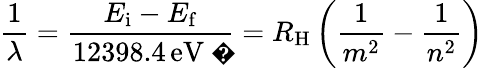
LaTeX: {\frac{1}{\lambda}}={\frac{E_{\mathrm{i}}-E_{\mathrm{f}}}{12398.4\, {\mathrm{eV~�}}}}=R_{\mathrm{H}}\left({\frac{1}{m^{2}}}-{\frac{1}{n^{2}}}\right)